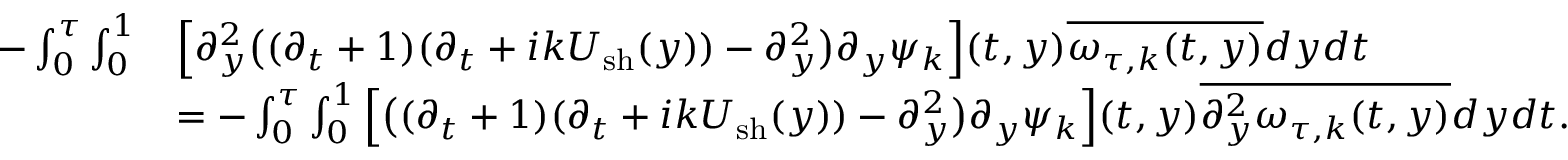
\begin{array} { r l } { - \int _ { 0 } ^ { \tau } \int _ { 0 } ^ { 1 } } & { \Big [ \partial _ { y } ^ { 2 } \big ( ( \partial _ { t } + 1 ) ( \partial _ { t } + i k U _ { \mathrm { s h } } ( y ) ) - \partial _ { y } ^ { 2 } \big ) \partial _ { y } \psi _ { k } \Big ] ( t , y ) \overline { { \omega _ { \tau , k } ( t , y ) } } d y d t } \\ & { = - \int _ { 0 } ^ { \tau } \int _ { 0 } ^ { 1 } \Big [ \big ( ( \partial _ { t } + 1 ) ( \partial _ { t } + i k U _ { \mathrm { s h } } ( y ) ) - \partial _ { y } ^ { 2 } \big ) \partial _ { y } \psi _ { k } \Big ] ( t , y ) \overline { { \partial _ { y } ^ { 2 } \omega _ { \tau , k } ( t , y ) } } d y d t . } \end{array}